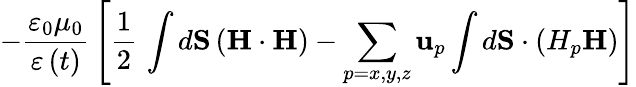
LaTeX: -\frac{\varepsilon_{0}\mu_{0}}{\varepsilon\left(t\right)}\, \left[\frac{1}{2}\, \int d\mathbf{S}\left(\mathbf{H}\cdot\mathbf{H}\right)-\sum_{p=x,y,z}\mathbf{u}_{p}\int d\mathbf{S}\cdot\left(H_{p}\mathbf{H}\right)\right]